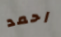
احمد